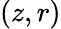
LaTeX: (z,r)